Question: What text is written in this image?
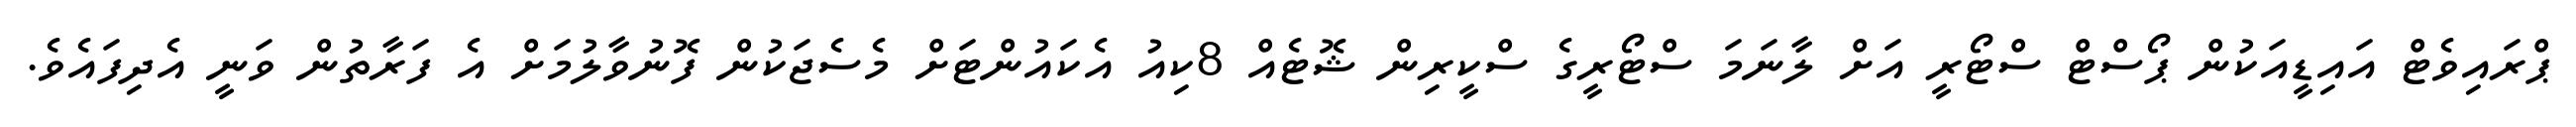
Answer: ޕްރައިވެޓް އައިޑީއަކުން ޕޯސްޓް ސްޓޯރީ އަށް ލާނަމަ ސްޓޯރީގެ ސްކީރިން ޝޮޓެއް 8ކިއު އެކައުންޓަށް މެސެޖަކުން ފޮނުވާލުމަށް އެ ފަރާތުން ވަނީ އެދިފައެވެ.